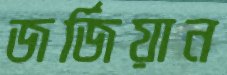
জর্জিয়ান